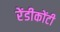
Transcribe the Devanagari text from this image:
रेंडीकोंटी